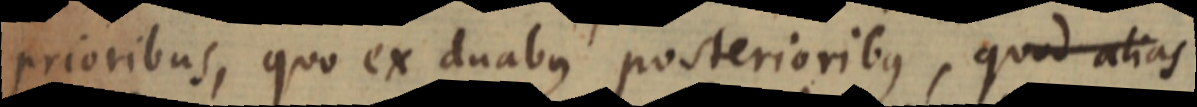
prioribus, quo ex duabus posterioribus, quod alias